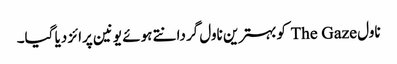
ناول The Gaze کوبہترین ناول گردانتے ہوئے یونین پرائز دیا گیا۔